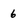
Character: 6